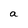
Character: a